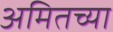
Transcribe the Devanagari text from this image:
अमितच्या